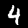
Digit: 4